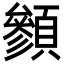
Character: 䫩